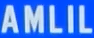
AMLIL